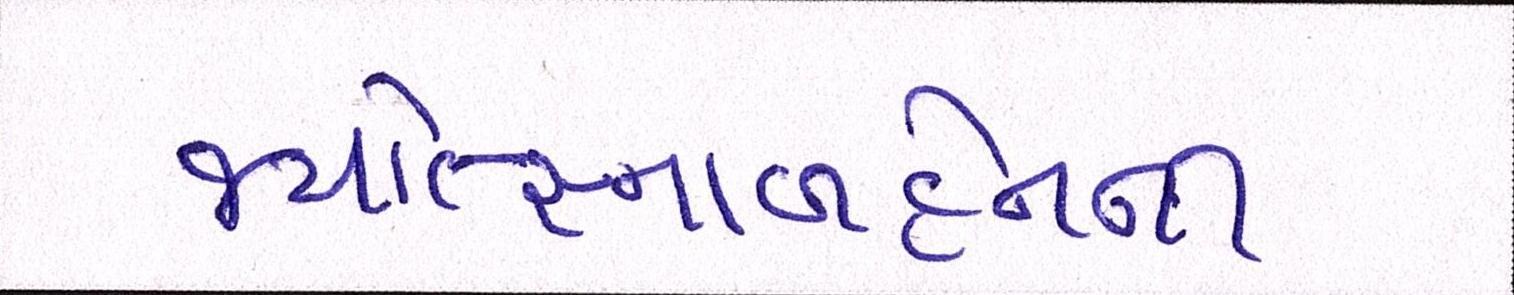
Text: જ્યોત્સ્નાબહેનની